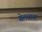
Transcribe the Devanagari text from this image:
सेलवास